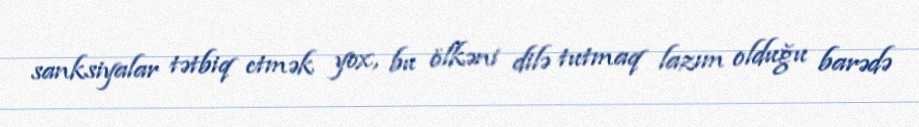
sanksiyalar tətbiq etmək yox, bu ölkəni dilə tutmaq lazım olduğu barədə